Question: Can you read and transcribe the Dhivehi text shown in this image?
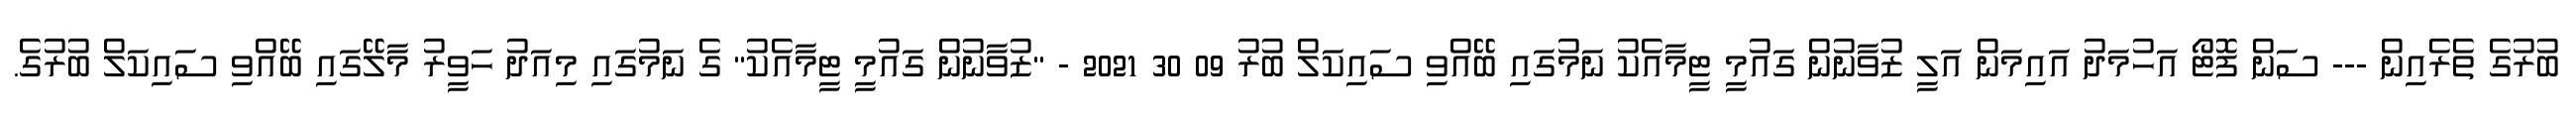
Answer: ބުރުގެ ތެރެއިން --- ސަން ފޮޓޯ އަހުމަދު އައިމަން އަލީ ޒުވާނުން ގައުމީ ޓީމާއެކު ނަމުގައި ބޭއްވި ސައިކަލް ބުރު 09 30 2021 - "ޒުވާނުން ގައުމީ ޓީމާއެކު" ގެ ނަމުގައި މިއަދު ހަވީރު މާލޭގައި ބޭއްވި ސައިކަލް ބުރުގެ.